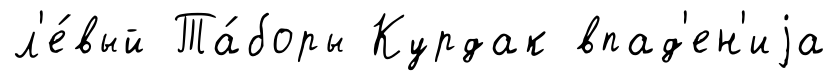
л'е́вый Та́боры Курдак впад'ен'иjа